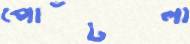
পোঁটলা